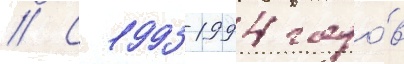
// С 1993-1994 годо́в